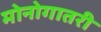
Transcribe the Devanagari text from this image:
मोनोगातरी